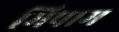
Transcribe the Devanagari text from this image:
मिपाम